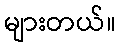
များတယ်။